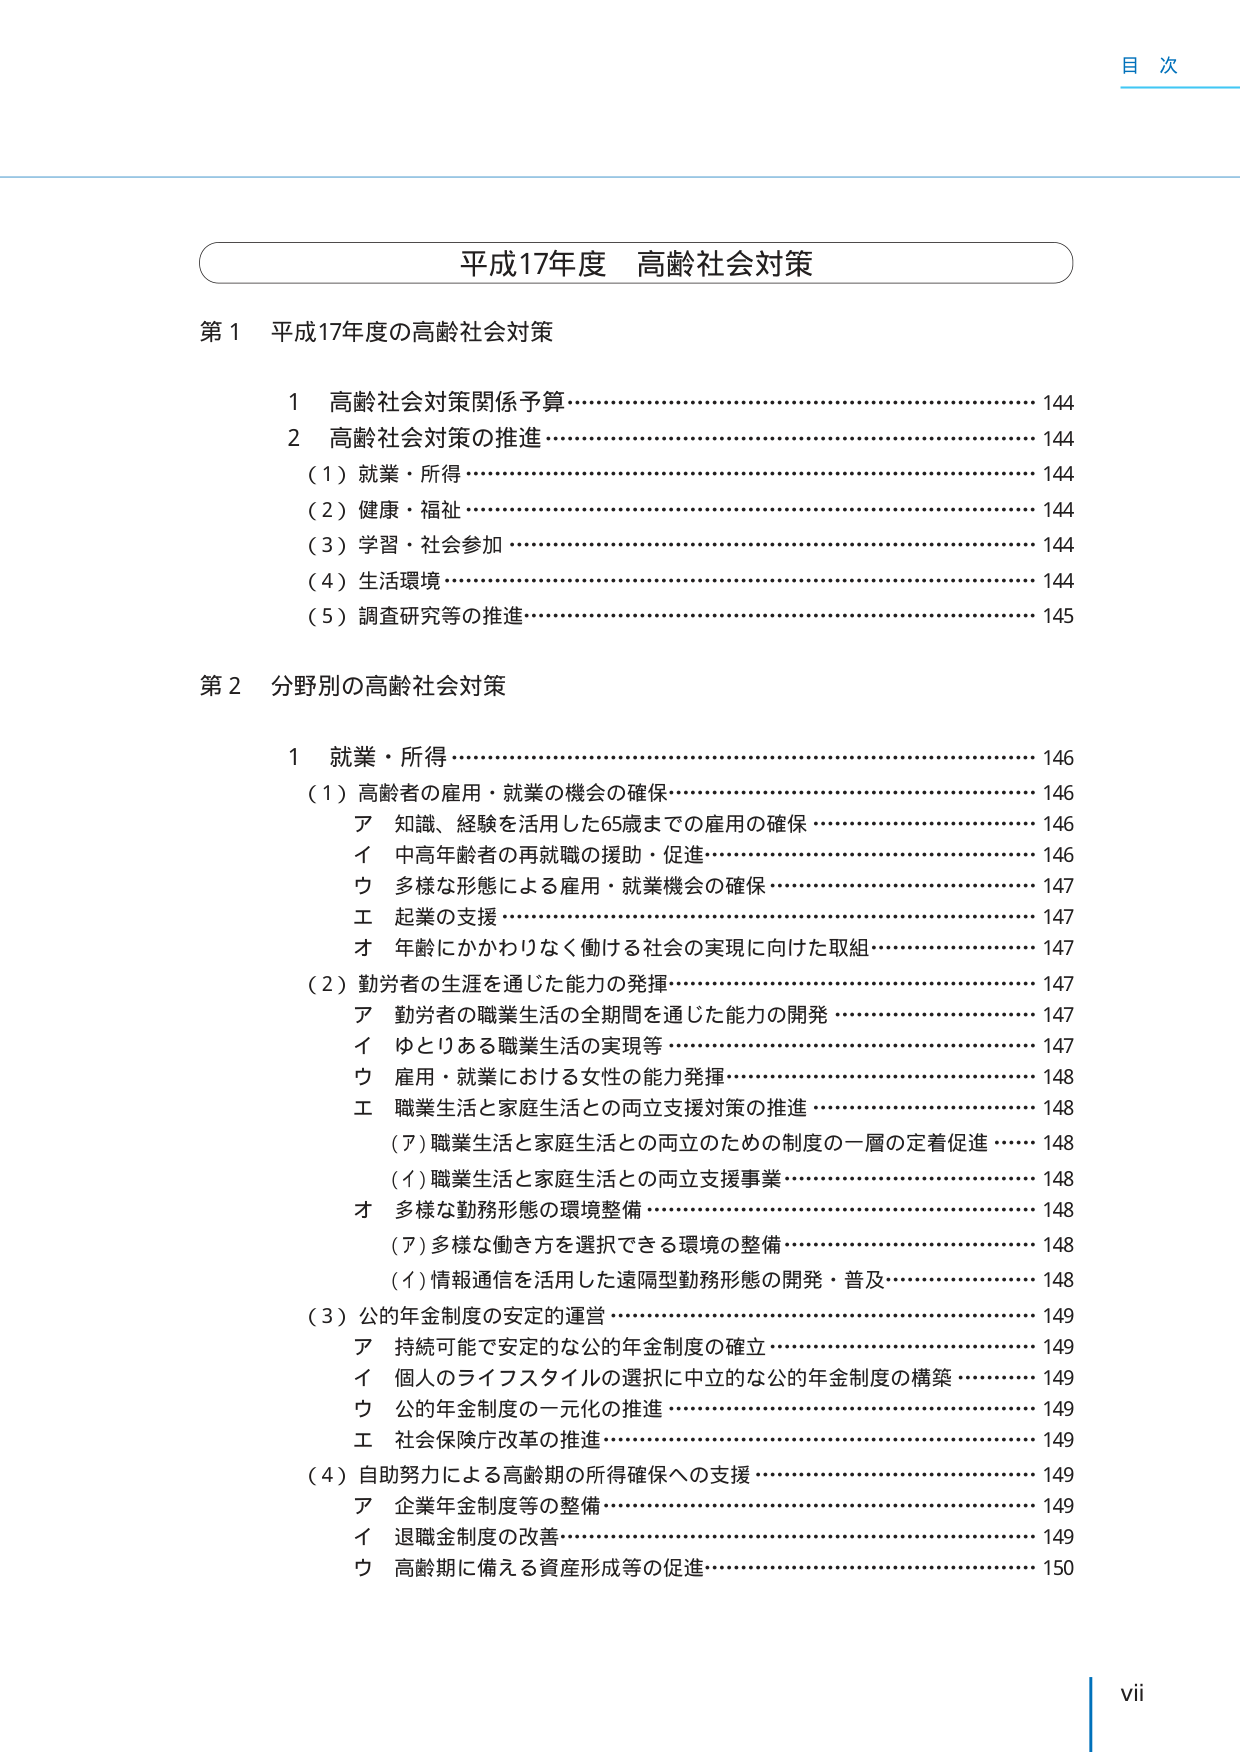
目 次

平成17年度 高齢社会対策

第1 平成17年度の高齢社会対策
　1 高齢社会対策関係予算…………………………………………………144
　2 高齢社会対策の推進……………………………………………………144
　　（1）就業・所得…………………………………………………………144
　　（2）健康・福祉…………………………………………………………144
　　（3）学習・社会参加……………………………………………………144
　　（4）生活環境……………………………………………………………144
　　（5）調査研究等の推進…………………………………………………145

第2 分野別の高齢社会対策
　1 就業・所得………………………………………………………………146
　　（1）高齢者の雇用・就業の機会の確保………………………………146
　　　ア 知識、経験を活用した65歳までの雇用の確保…………………146
　　　イ 中高年齢者の再就職の援助・促進………………………………146
　　　ウ 多様な形態による雇用・就業機会の確保………………………147
　　　エ 起業の支援…………………………………………………………147
　　　オ 年齢にかかわりなく働ける社会の実現に向けた取組…………147
　　（2）勤労者の生涯を通じた能力の発揮………………………………147
　　　ア 勤労者の職業生活の全期間を通じた能力の開発………………147
　　　イ ゆとりある職業生活の実現等……………………………………147
　　　ウ 雇用・就業における女性の能力発揮……………………………148
　　　エ 職業生活と家庭生活との両立支援対策の推進…………………148
　　　　（ア）職業生活と家庭生活との両立のための制度の一層の定着促進 …148
　　　　（イ）職業生活と家庭生活との両立支援事業……………………148
　　　オ 多様な勤務形態の環境整備………………………………………148
　　　　（ア）多様な働き方を選択できる環境の整備……………………148
　　　　（イ）情報通信を活用した遠隔型勤務形態の開発・普及…………148
　　（3）公的年金制度の安定的運営………………………………………149
　　　ア 持続可能で安定的な公的年金制度の確立………………………149
　　　イ 個人のライフスタイルの選択に中立的な公的年金制度の構築 …149
　　　ウ 公的年金制度の一元化の推進……………………………………149
　　　エ 社会保険庁改革の推進……………………………………………149
　　（4）自助努力による高齢期の所得確保への支援……………………149
　　　ア 企業年金制度等の整備……………………………………………149
　　　イ 退職金制度の改善…………………………………………………149
　　　ウ 高齢期に備える資産形成等の促進………………………………150

vii